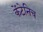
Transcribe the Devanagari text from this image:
केंटेनिच